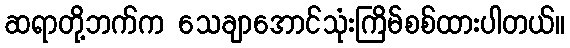
ဆရာတို့ဘက်က သေချာအောင်သုံးကြိမ်စစ်ထားပါတယ်။